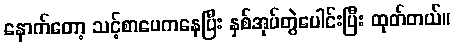
နောက်တော့ သင့်စာပေကနေပြီး နှစ်အုပ်တွဲပေါင်းပြီး ထုတ်တယ်။